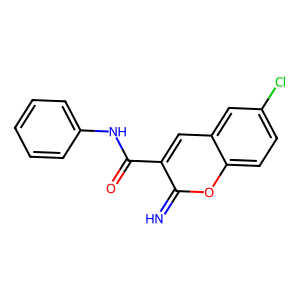
SMILES: N=c1oc2ccc(Cl)cc2cc1C(=O)Nc1ccccc1
Inhibits HIV replication: No